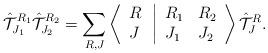
LaTeX: \begin{align*}{\hat {\cal T}}_{J_1}^{R_1} {\hat {\cal T}}_{J_2}^{R_2} = \sum_{R, J} \left \langle \begin{array}{l}R \\J \end{array} \right. \left | \begin{array}{ll}R_1 & R_2 \\J_1 & J_2 \end{array} \right \rangle {\hat {\cal T}}_J^R.\end{align*}